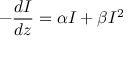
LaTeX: - { \frac { d I } { d z } } = \alpha I + \beta I ^ { 2 }